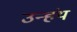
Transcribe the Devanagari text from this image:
उन्हंय